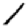
Digit: 1